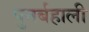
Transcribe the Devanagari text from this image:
पुनर्बहाली